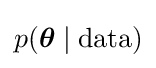
p({\boldsymbol {\theta }}\mid {\text{data}})